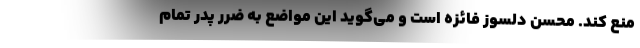
منع کند. محسن دلسوز فائزه است و می‌گوید این مواضع به ضرر پدر تمام